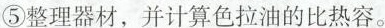
⑤整理器材，并计算色拉油的比热容。